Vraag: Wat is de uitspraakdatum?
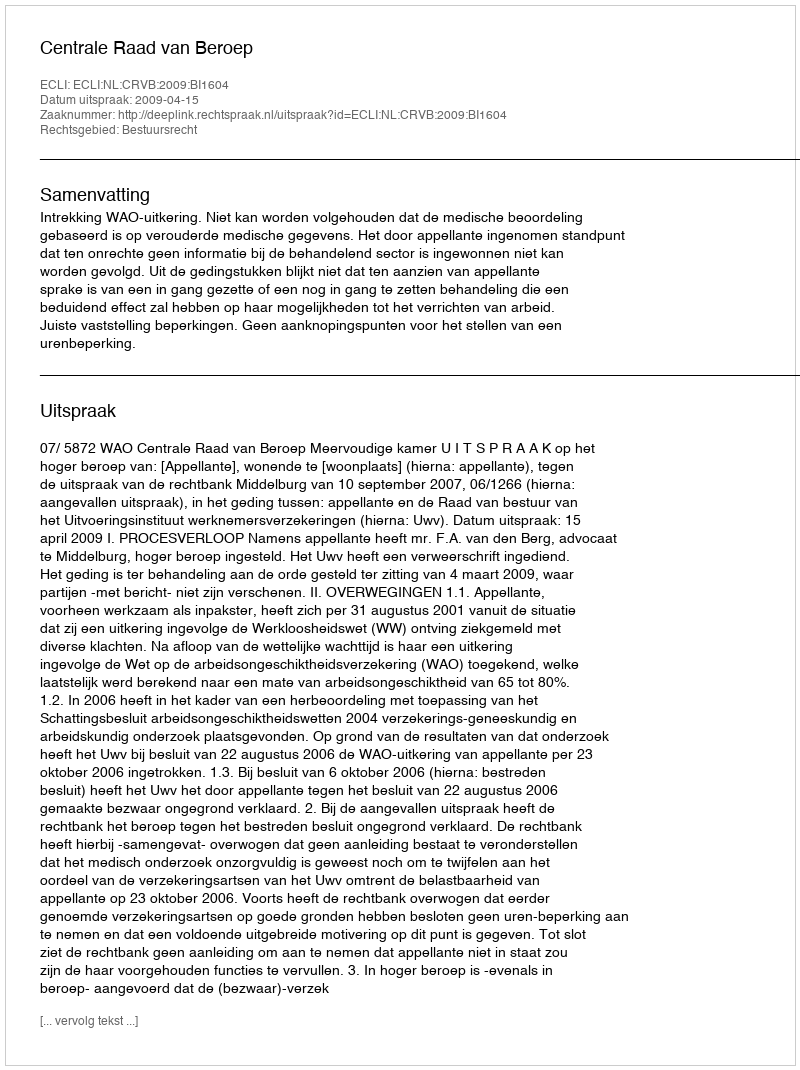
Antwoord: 2009-04-15